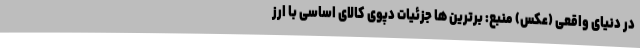
در دنیای واقعی (عکس) منبع: برترین ها جزئیات دپوی کالای اساسی با ارز